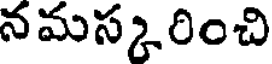
నమస్కరించి